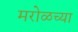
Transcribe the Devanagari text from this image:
मरोळच्या